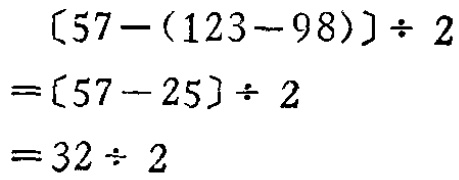
\[
\begin{align*}
[57-(123 - 98)]\div2&=[57 - 25]\div2\\
&=32\div2
\end{align*}
\]